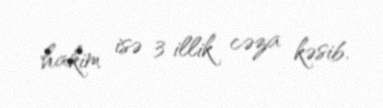
hakim isə 3 illik cəza kəsib.